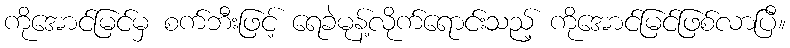
ကိုအောင်မြင်မှ စက်ဘီးဖြင့် ရေခဲမုန့်လိုက်ရောင်းသည့် ကိုအောင်မြင်ဖြစ်လာပြီ။